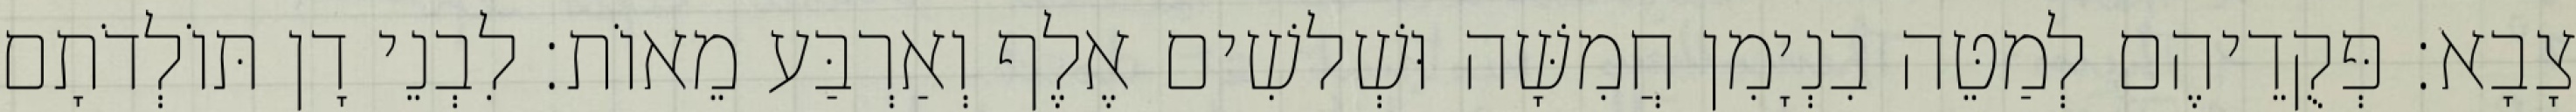
צָבָא׃ פְּקֻדֵיהֶם לְמַטֵּה בִנְיָמִן חֲמִשָּׁה וּשְׁלשִׁים אֶלֶף וְאַרְבַּע מֵאוֹת׃ לִבְנֵי דָן תּוֹלְדֹתָם